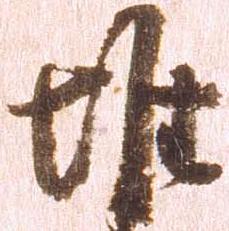
堆